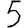
Digit: 5